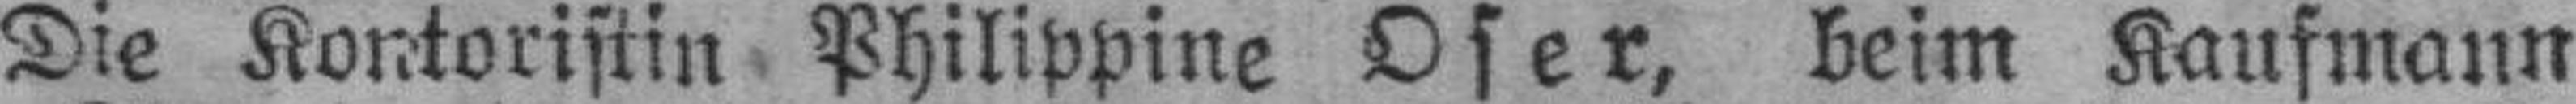
Die Kontoristin Philippine Oser, beim Kaufmann